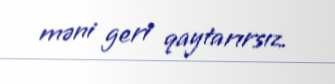
məni geri qaytarırsız.